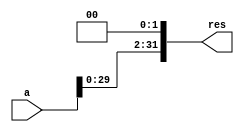
module sll2
(
	a,
	res
);

	input [31:0] a;
	output [31:0] res;

	assign res = a << 2;

endmodule